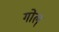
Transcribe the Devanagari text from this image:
गोल्